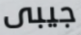
جيبى